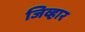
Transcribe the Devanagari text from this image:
जिव्हार